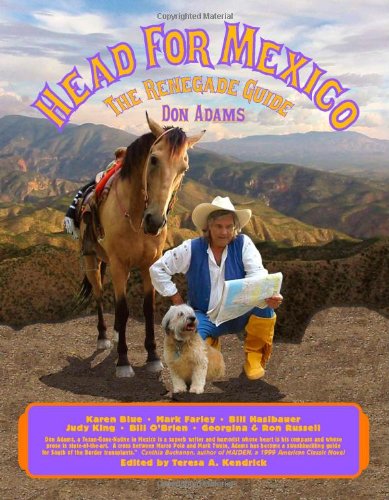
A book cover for Head for Mexico: The Renegade Guide; Don Adams; Travel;